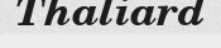
Thaliard